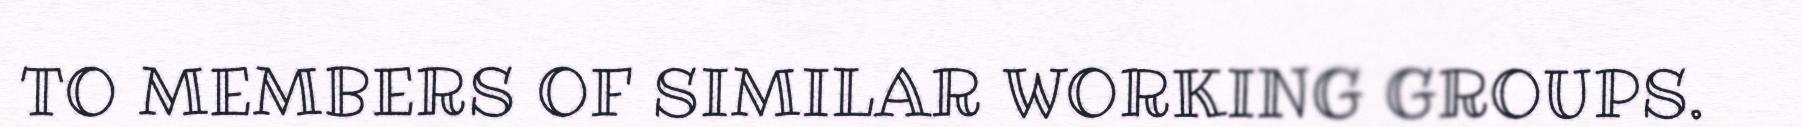
TO MEMBERS OF SIMILAR WORKING GROUPS.